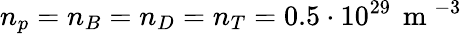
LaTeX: n_{p}=n_{B}=n_{D}=n_{T}=0.5\cdot 10^{29}\, \mathrm{~m~}^{-3}